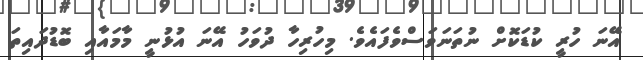
އޭނަ ހުރީ ކުޑަކޮށް ނުތަނަވަސްވެފައެވެ. މިހުރިހާ ދުވަހު އޭނަ އުޅުނީ މާމައާއި ބޮޑުދައިތަ